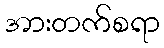
အားတက်စရာ